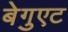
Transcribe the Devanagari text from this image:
बेगुएट